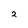
Character: 2